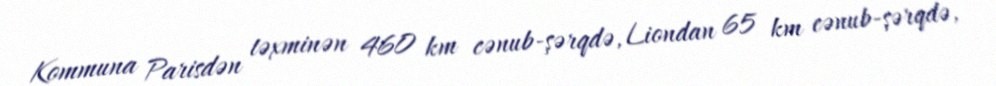
Kommuna Parisdən təxminən 460 km cənub-şərqdə, Liondan 65 km cənub-şərqdə,